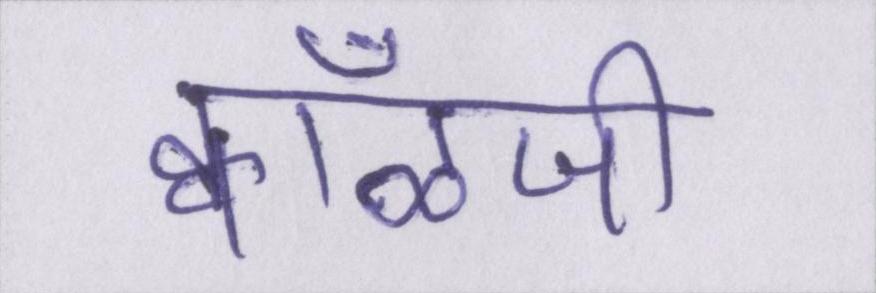
क्वाँळजी